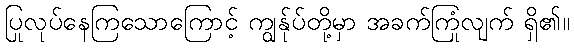
ပြုလုပ်နေကြသောကြောင့် ကျွန်ုပ်တို့မှာ အခက်ကြုံလျက် ရှိ၏။